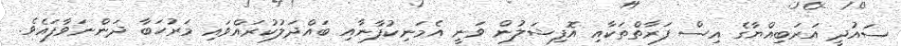
ސައުދީ އަރަބިއްޔާގެ އިސް ފަރާތްތަކާއި އޮފިޝަލުން ވަނީ އެމަނިކުފާނާއި ބައްދަލުކުރައްވައި މަރުހަބާ ދަންނަވާފައެވެ.